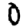
Digit: 0